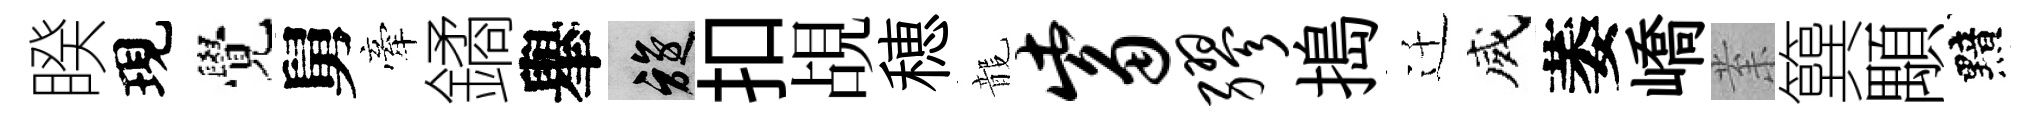
睽現覺舅牽鐍𦦙旋扣覘穂龍觜缪搗迁威萎嶠𭪙簨顒黯